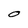
Character: O